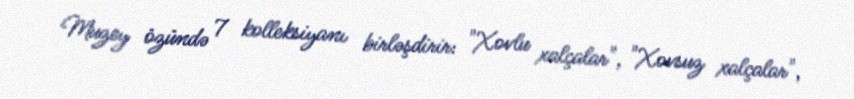
Muzey özündə 7 kolleksiyanı birləşdirir: "Xovlu xalçalar", "Xovsuz xalçalar",